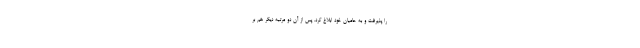
را پذيرفت و به حاميان خود ابلاغ كرد. پس از آن دو مرتبه ديگر هم بر